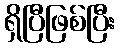
ရှိပြီဖြစ်ပြီး